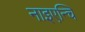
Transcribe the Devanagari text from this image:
नाइएन्चि